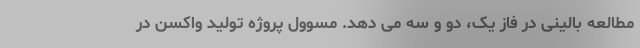
مطالعه بالینی در فاز یک، دو و سه می دهد. مسوول پروژه تولید واکسن در